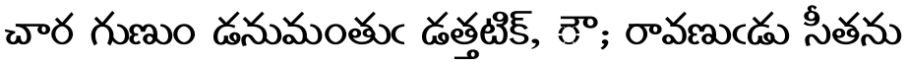
చార గుణుం డనుమంతుఁ డత్తటిక్, ౌ; రావణుఁడు సీతను